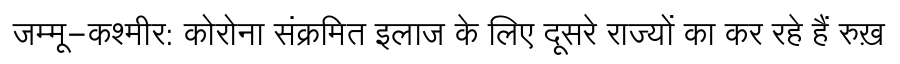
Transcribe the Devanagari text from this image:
जम्मू-कश्मीर: कोरोना संक्रमित इलाज के लिए दूसरे राज्यों का कर रहे हैं रुख़